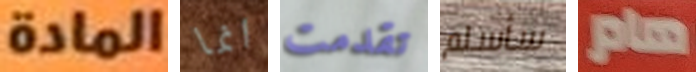
المادة انما تقدمت سأسلم هام